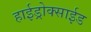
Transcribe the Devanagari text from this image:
हाईड्रोक्साईड